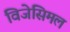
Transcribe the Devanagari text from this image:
विजेसिमल